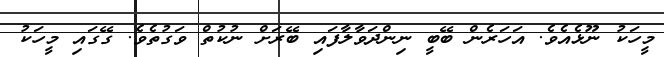
މީހަކު ނޫޅެއެވެ. އަހަރެން ބޭބީ ނިންދަވާލާފައި ބޭރަށް ނުކުތް ވަގުތެވެ. ގޭގައި މީހަކު